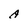
Character: A